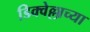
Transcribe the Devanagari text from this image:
डिक्वेल्लाच्या